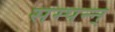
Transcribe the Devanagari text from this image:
सम्पन्न्